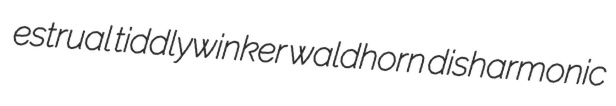
estrual tiddlywinker waldhorn disharmonic